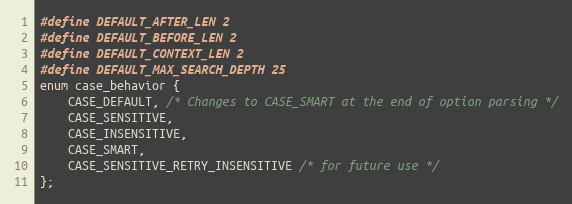
Language: C
#define DEFAULT_AFTER_LEN 2
#define DEFAULT_BEFORE_LEN 2
#define DEFAULT_CONTEXT_LEN 2
#define DEFAULT_MAX_SEARCH_DEPTH 25
enum case_behavior {
    CASE_DEFAULT, /* Changes to CASE_SMART at the end of option parsing */
    CASE_SENSITIVE,
    CASE_INSENSITIVE,
    CASE_SMART,
    CASE_SENSITIVE_RETRY_INSENSITIVE /* for future use */
};